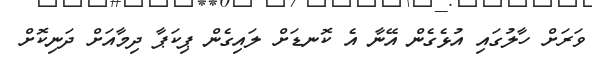
ވަރަށް ހާލުގައި އުޅެގެން އޭނާ އެ ކޮނޑަށް ލައިގެން ޕިކަޕާ ދިމާއަށް ދަނިކޮށް